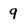
Character: 9